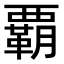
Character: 覇